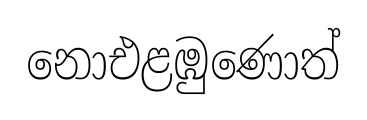
නොඑළඹුණොත්